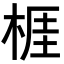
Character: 𣔦